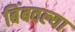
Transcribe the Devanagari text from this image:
बिंबवल्या